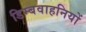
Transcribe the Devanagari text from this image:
डिम्बवाहनियों